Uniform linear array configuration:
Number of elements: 24
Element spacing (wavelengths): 0.75
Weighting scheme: binomial
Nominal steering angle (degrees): -45
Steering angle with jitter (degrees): -45.245
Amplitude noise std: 0.05
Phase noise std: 0.05

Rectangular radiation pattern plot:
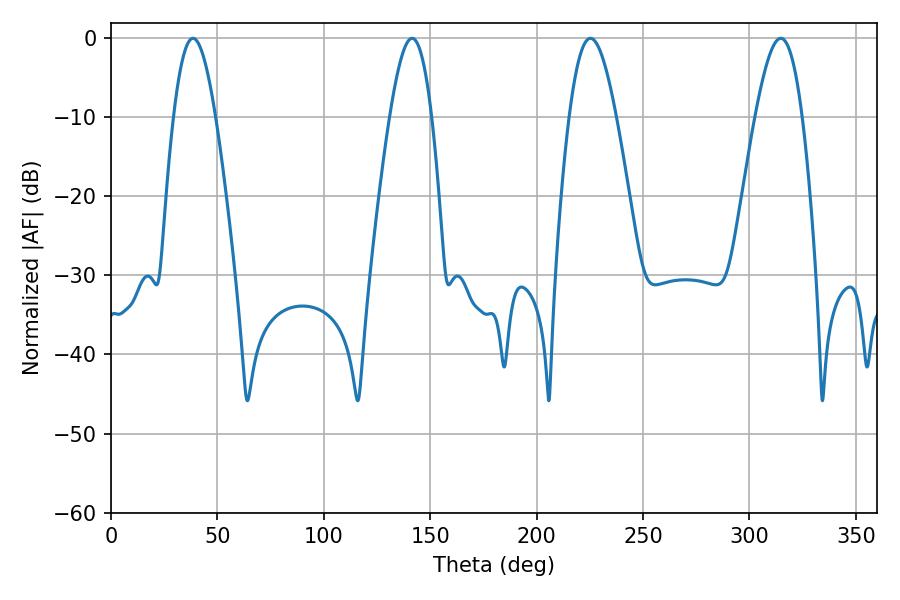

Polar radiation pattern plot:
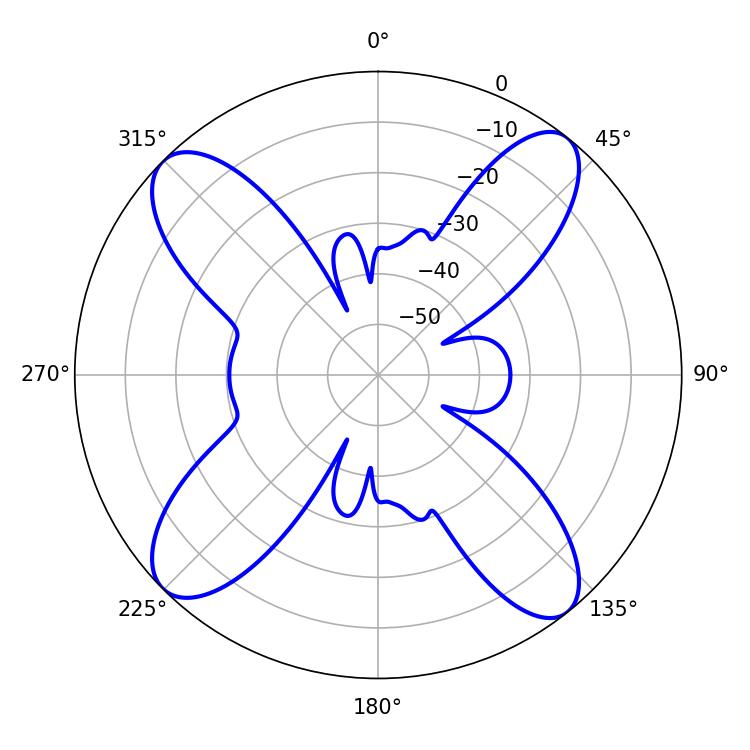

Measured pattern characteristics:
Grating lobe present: TRUE
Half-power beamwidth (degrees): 10.62
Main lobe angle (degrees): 38.52